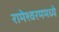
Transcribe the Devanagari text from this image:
रामेश्वरममध्ये